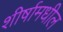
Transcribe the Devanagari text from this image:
शीर्षामधील